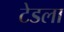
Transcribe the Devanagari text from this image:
टेडला